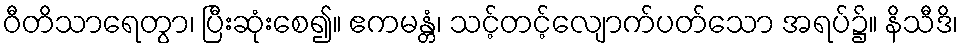
ဝီတိသာရေတွာ၊ ပြီးဆုံးစေ၍။ ဧကမန္တံ၊ သင့်တင့်လျောက်ပတ်သော အရပ်၌။ နိသီဒိ၊